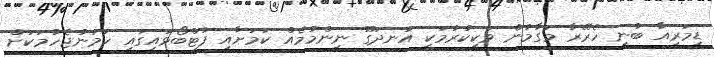
ޑިމަރިއާ ބުނީ ހެރޭރާ މަގާމުން ވަކިކުރުމަކީ އުނދަގޫ ނިންމުމެއް ކަމަށާއި ފުޓްބޯޅައިގައި ހަމަނުޖެހުމަކަށް